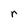
Character: r